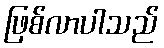
ဖြစ်လာပါသည်